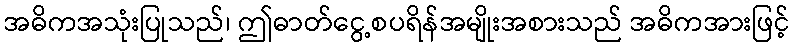
အဓိကအသုံးပြုသည်၊ ဤဓာတ်ငွေ့စပရိန်အမျိုးအစားသည် အဓိကအားဖြင့်